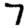
Digit: 7